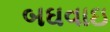
બઘવાઇ